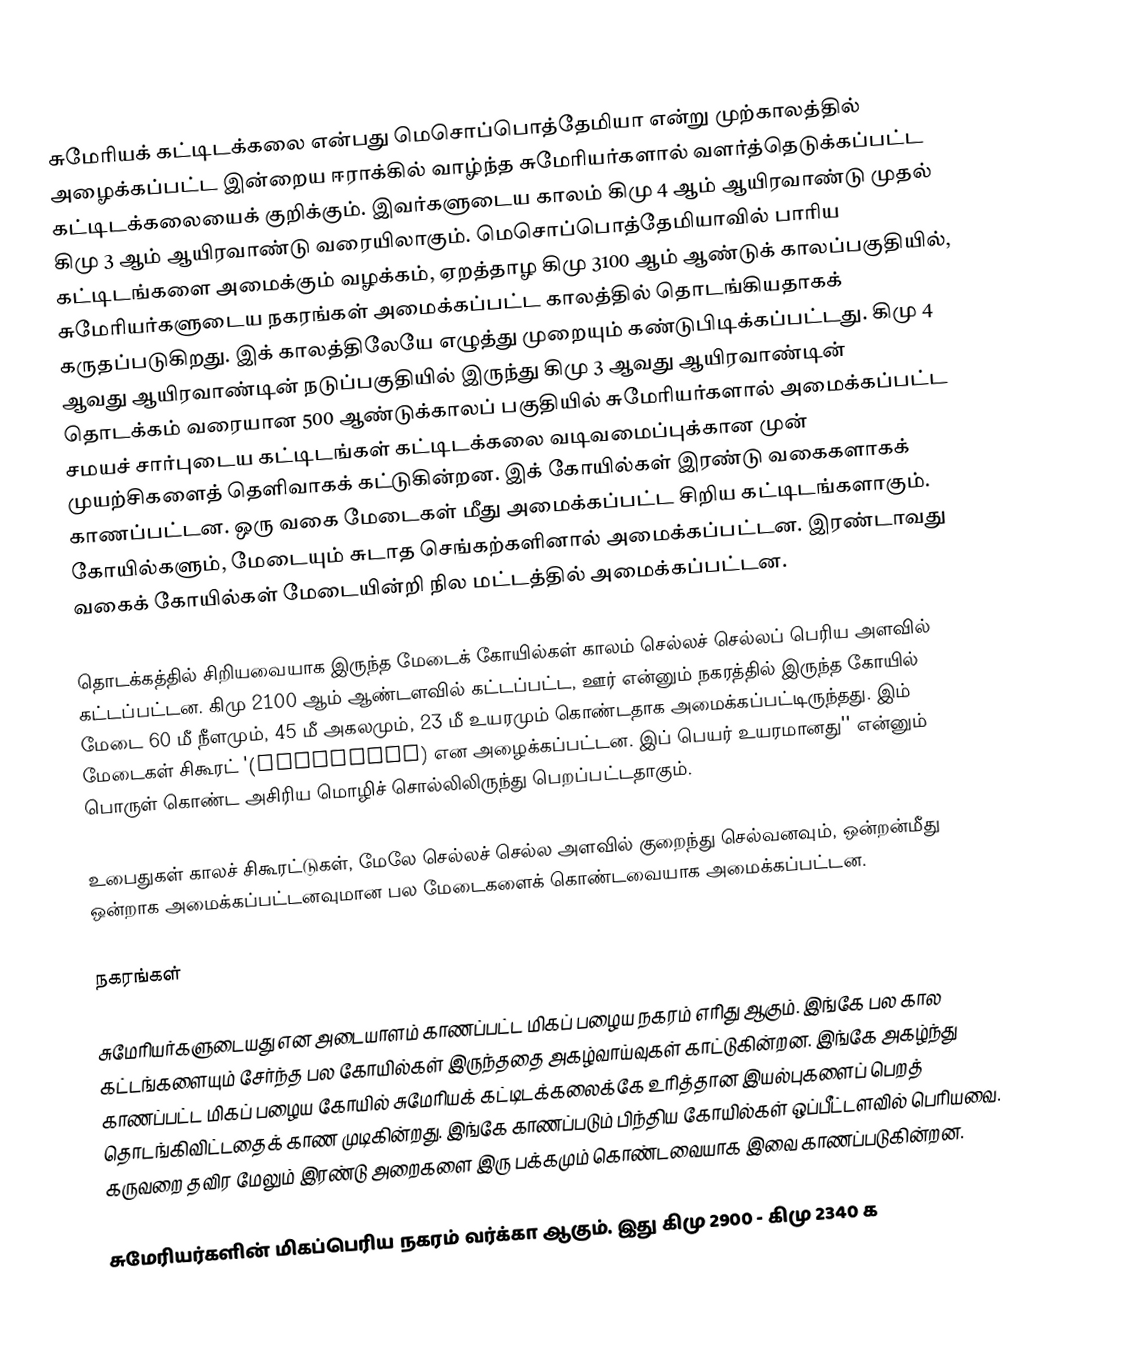
சுமேரியக் கட்டிடக்கலை என்பது மெசொப்பொத்தேமியா என்று முற்காலத்தில் அழைக்கப்பட்ட இன்றைய ஈராக்கில் வாழ்ந்த சுமேரியர்களால் வளர்த்தெடுக்கப்பட்ட கட்டிடக்கலையைக் குறிக்கும். இவர்களுடைய காலம் கிமு 4 ஆம் ஆயிரவாண்டு முதல் கிமு 3 ஆம் ஆயிரவாண்டு வரையிலாகும். மெசொப்பொத்தேமியாவில் பாரிய கட்டிடங்களை அமைக்கும் வழக்கம், ஏறத்தாழ கிமு 3100 ஆம் ஆண்டுக் காலப்பகுதியில், சுமேரியர்களுடைய நகரங்கள் அமைக்கப்பட்ட காலத்தில் தொடங்கியதாகக் கருதப்படுகிறது. இக் காலத்திலேயே எழுத்து முறையும் கண்டுபிடிக்கப்பட்டது. கிமு 4 ஆவது ஆயிரவாண்டின் நடுப்பகுதியில் இருந்து கிமு 3 ஆவது ஆயிரவாண்டின் தொடக்கம் வரையான 500 ஆண்டுக்காலப் பகுதியில் சுமேரியர்களால் அமைக்கப்பட்ட சமயச் சார்புடைய கட்டிடங்கள் கட்டிடக்கலை வடிவமைப்புக்கான முன் முயற்சிகளைத் தெளிவாகக் கட்டுகின்றன. இக் கோயில்கள் இரண்டு வகைகளாகக் காணப்பட்டன. ஒரு வகை மேடைகள் மீது அமைக்கப்பட்ட சிறிய கட்டிடங்களாகும். கோயில்களும், மேடையும் சுடாத செங்கற்களினால் அமைக்கப்பட்டன. இரண்டாவது வகைக் கோயில்கள் மேடையின்றி நில மட்டத்தில் அமைக்கப்பட்டன.

தொடக்கத்தில் சிறியவையாக இருந்த மேடைக் கோயில்கள் காலம் செல்லச் செல்லப் பெரிய அளவில் கட்டப்பட்டன. கிமு 2100 ஆம் ஆண்டளவில் கட்டப்பட்ட, ஊர்  என்னும் நகரத்தில் இருந்த கோயில் மேடை 60 மீ நீளமும், 45 மீ அகலமும், 23 மீ உயரமும் கொண்டதாக அமைக்கப்பட்டிருந்தது. இம் மேடைகள் சிகூரட்  '(ziggurats) என அழைக்கப்பட்டன. இப் பெயர் உயரமானது'' என்னும் பொருள் கொண்ட அசிரிய மொழிச் சொல்லிலிருந்து பெறப்பட்டதாகும்.

உபைதுகள் காலச் சிகூரட்டுகள், மேலே செல்லச் செல்ல அளவில் குறைந்து செல்வனவும், ஒன்றன்மீது ஒன்றாக அமைக்கப்பட்டனவுமான பல மேடைகளைக் கொண்டவையாக அமைக்கப்பட்டன.

நகரங்கள்

சுமேரியர்களுடையது என அடையாளம் காணப்பட்ட மிகப் பழைய நகரம் எரிது ஆகும். இங்கே பல கால கட்டங்களையும் சேர்ந்த பல கோயில்கள் இருந்ததை அகழ்வாய்வுகள் காட்டுகின்றன. இங்கே அகழ்ந்து காணப்பட்ட மிகப் பழைய கோயில் சுமேரியக் கட்டிடக்கலைக்கே உரித்தான இயல்புகளைப் பெறத் தொடங்கிவிட்டதைக் காண முடிகின்றது. இங்கே காணப்படும் பிந்திய கோயில்கள் ஒப்பீட்டளவில் பெரியவை. கருவறை தவிர மேலும் இரண்டு அறைகளை இரு பக்கமும் கொண்டவையாக இவை காணப்படுகின்றன.

சுமேரியர்களின் மிகப்பெரிய நகரம் வர்க்கா ஆகும். இது கிமு 2900 - கிமு 2340 க